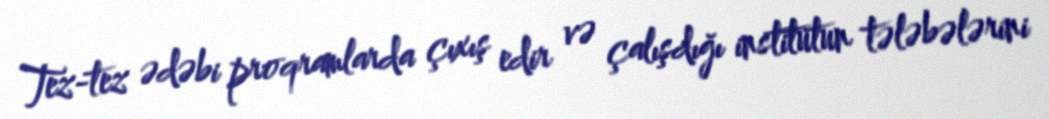
Tez-tez ədəbi proqramlarda çıxış edir və çalışdığı institutun tələbələrini